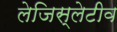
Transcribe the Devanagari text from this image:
लेजिस्लेटीव